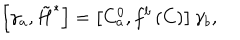
LaTeX: \left[ \gamma _ { a } , \tilde { H } ^ { * } \right] = \left[ C _ { a } ^ { 0 } , f ^ { b } \left( C \right) \right] \gamma _ { b } ,